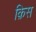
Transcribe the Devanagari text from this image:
क़िस